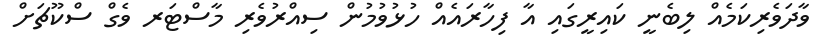
ވާދަވެރިކަމެއް ލިބެނީ ކައިރީގައި އާ ފިހާރައެއް ހުޅުވުމުން ސިއްރުވެރި މާސްޓަރ ވެގް ސްކޫޗަށް